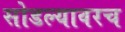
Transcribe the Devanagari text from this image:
सोडल्यावरच